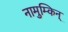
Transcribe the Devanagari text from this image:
नामुम्किन्